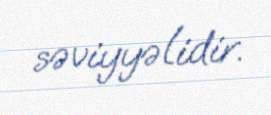
səviyyəlidir.